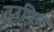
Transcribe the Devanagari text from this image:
तुरपिन